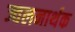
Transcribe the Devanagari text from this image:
ज्वलनार्थक